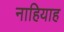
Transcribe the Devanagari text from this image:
नाहियाह